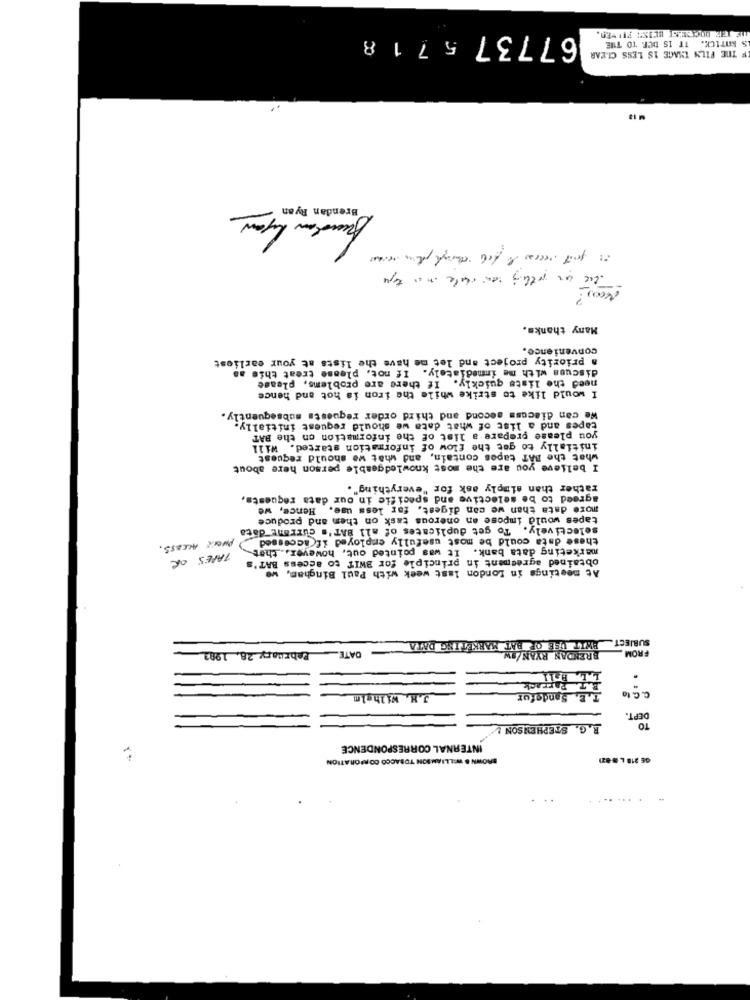
67737 5718
IS BnTICK. IT IS DUE TO THE
# THE FILM TAGE IS LESS CLEAR
Brendan Ryan
The un nothing can cale ina type
, ?
Many thanks.
convenience.
a priority project and let me have the lists at your earliest
discuss with me immediately. If not, please treat this as
need the lists quickly. If there are problems, please
I would like to strike while the iron is hot and hence
We can discuss second and third order requests subsequently.
tapes and a list of what data we should request initially
you please prepare a list of the information on the BAT
initially to get the flow of information started. Will
what the BAT tapes contain, and what we should request
I believe you are the most knowledgeable person here about
rather than simply ask for "everything".
agreed to be selective and specific in our data requests,
more data than we can digest, far less use. Hence, we
tapes would impose an onerous task on them and produce
selectively. To get duplicates of all BAT's currant data
these data could be most usefully employed if(accessed
PHONE ACCESS .
marketing data bank. It was pointed out, however ,. that
TAPES OR
obtained agreement in principle for BWIT to access BAT's
At meetings in London last week with Paul Bingham, wo
SUBJECT.
DATE
FE OR BAT MARKETING DATA
February 28. 1983
FROM
Parrack
.
Sandefur
C. C. to
J.H. Wilhelm
DEPT.
R. G. STEPHEN SON
TO
INTERNAL CORRESPONDENCE
BROWN & WILLIAMSON TOBACCO CORPORATION